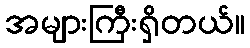
အများကြီးရှိတယ်။